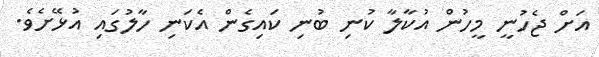
އަށް ޖެހުނީ މީހުން އުކާލާ ކުނި ބުނި ކައިގެން އެކަނި ހާލުގައި އުޅޭށެވެ.